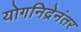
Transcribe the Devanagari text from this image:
योगनिद्रेनंतर